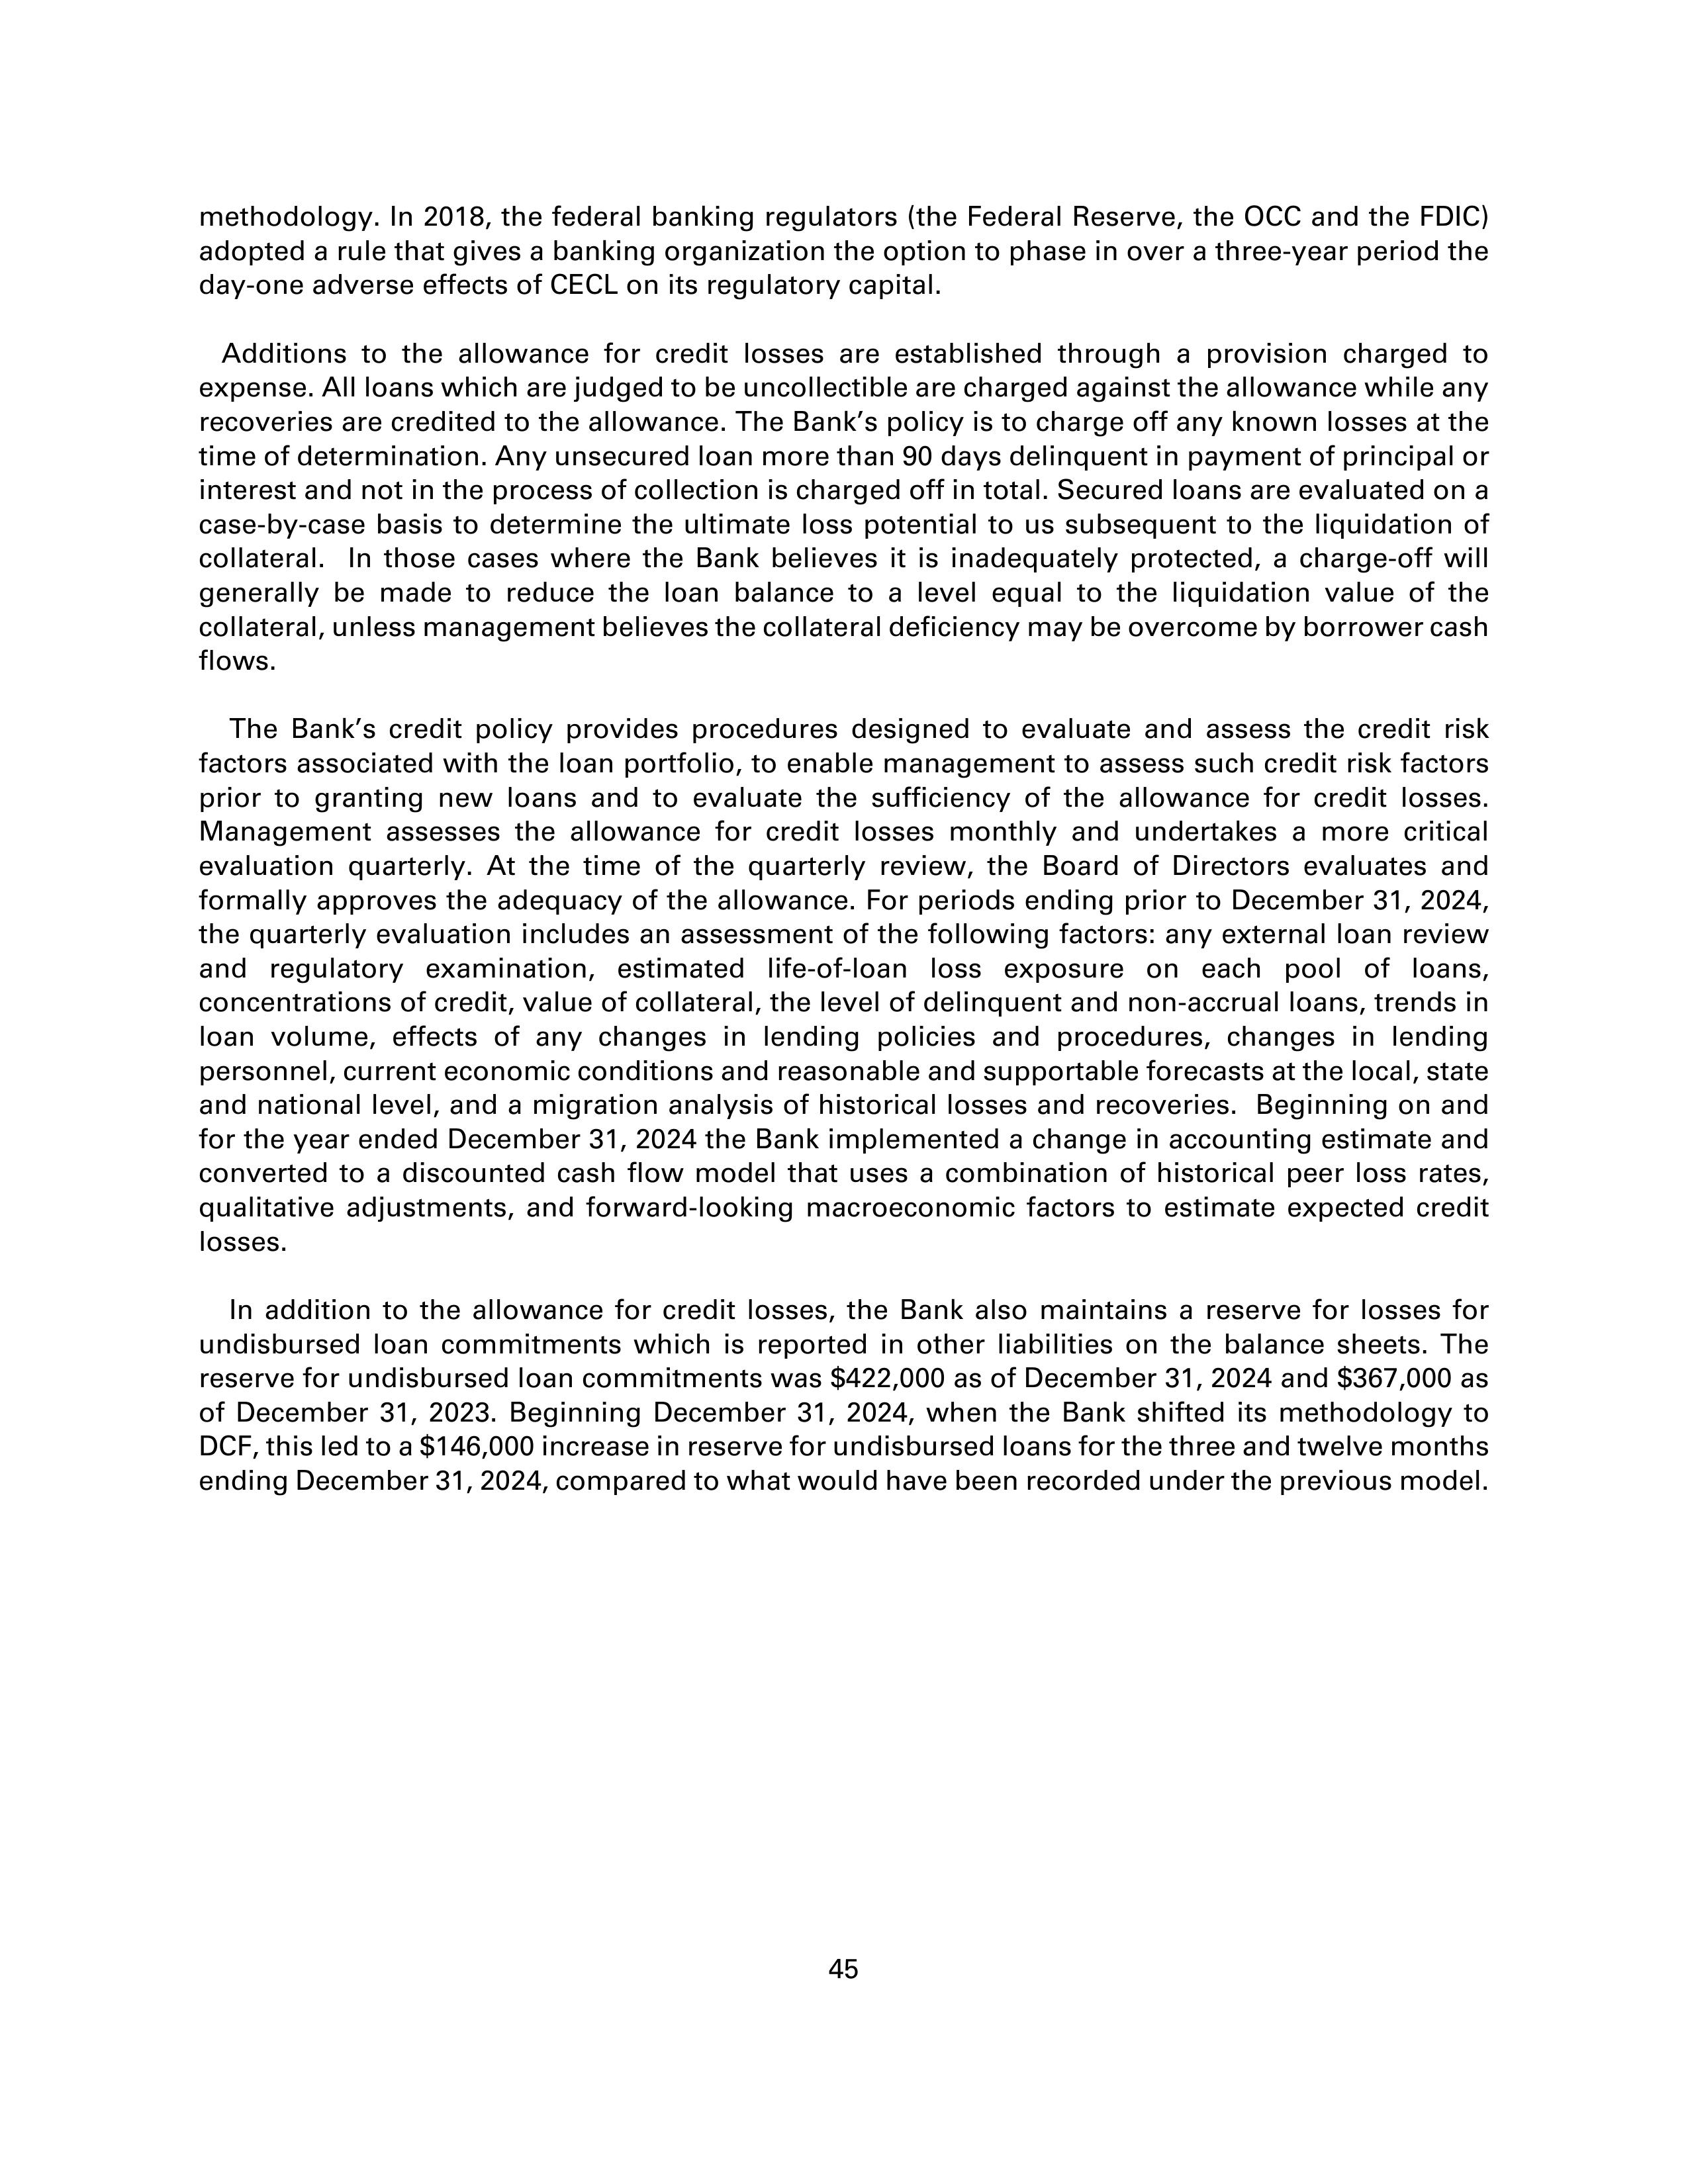
methodology. In 2018, the federal banking regulators (the Federal Reserve, the OCC and the FDIC) adopted a rule that gives a banking organization the option to phase in over a three-year period the day-one adverse effects of CECL on its regulatory capital.

Additions to the allowance for credit losses are established through a provision charged to expense. All loans which are judged to be uncollectible are charged against the allowance while any recoveries are credited to the allowance. The Bank's policy is to charge off any known losses at the time of determination. Any unsecured loan more than 90 days delinquent in payment of principal or interest and not in the process of collection is charged off in total. Secured loans are evaluated on a case-by-case basis to determine the ultimate loss potential to us subsequent to the liquidation of collateral. In those cases where the Bank believes it is inadequately protected, a charge-off will generally be made to reduce the loan balance to a level equal to the liquidation value of the collateral, unless management believes the collateral deficiency may be overcome by borrower cash flows.

The Bank's credit policy provides procedures designed to evaluate and assess the credit risk factors associated with the loan portfolio, to enable management to assess such credit risk factors prior to granting new loans and to evaluate the sufficiency of the allowance for credit losses. Management assesses the allowance for credit losses monthly and undertakes a more critical evaluation quarterly. At the time of the quarterly review, the Board of Directors evaluates and formally approves the adequacy of the allowance. For periods ending prior to December 31, 2024, the quarterly evaluation includes an assessment of the following factors: any external loan review and regulatory examination, estimated life-of-loan loss exposure on each pool of loans, concentrations of credit, value of collateral, the level of delinquent and non-accrual loans, trends in loan volume, effects of any changes in lending policies and procedures, changes in lending personnel, current economic conditions and reasonable and supportable forecasts at the local, state and national level, and a migration analysis of historical losses and recoveries.  Beginning on and for the year ended December 31, 2024 the Bank implemented a change in accounting estimate and converted to a discounted cash flow model that uses a combination of historical peer loss rates, qualitative adjustments, and forward-looking macroeconomic factors to estimate expected credit losses.

In addition to the allowance for credit losses, the Bank also maintains a reserve for losses for undisbursed loan commitments which is reported in other liabilities on the balance sheets. The reserve for undisbursed loan commitments was $422,000 as of December 31, 2024 and $367,000 as of December 31, 2023. Beginning December 31, 2024, when the Bank shifted its methodology to DCF, this led to a $146,000 increase in reserve for undisbursed loans for the three and twelve months ending December 31, 2024, compared to what would have been recorded under the previous model.

45